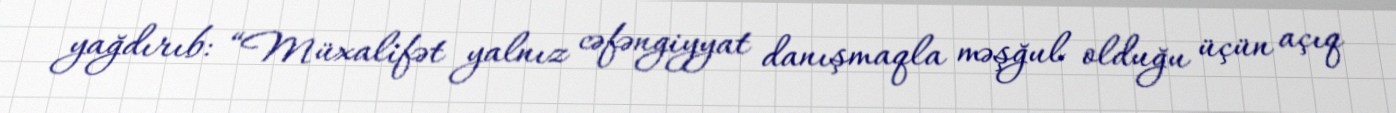
yağdırıb: “Müxalifət yalnız cəfəngiyyat danışmaqla məşğul olduğu üçün açıq